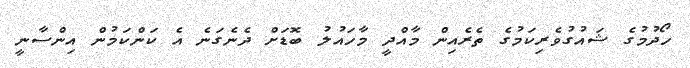
ހޯދުމުގެ ޝައުގުވެރިކަމުގެ ތެރެއިން މާއްދީ މާހައުލު ބޮޑަށް ދެނެގަނެ އެ ކަންކަމުން އިންސާނީ